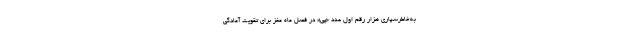
به‌خاطرسپاریِ هزار رقم اول عدد «پی» در فصل ماه مغز برای تقویت آمادگی